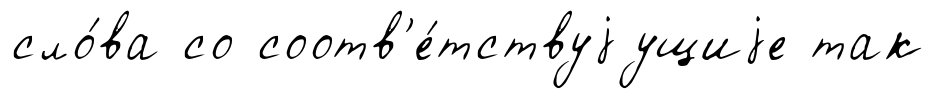
сло́ва со соотв'е́тствуjущиjе так